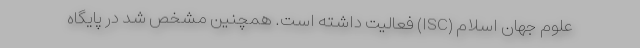
علوم جهان اسلام (ISC) فعالیت داشته است. همچنین مشخص شد در پایگاه